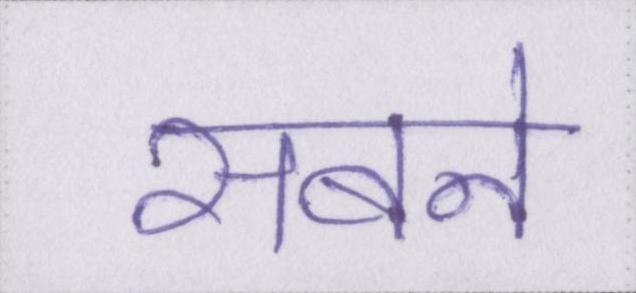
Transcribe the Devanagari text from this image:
सबने